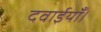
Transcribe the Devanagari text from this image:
दवाईयाँ।